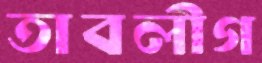
তাবলীগ